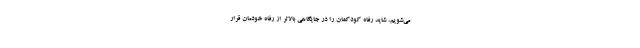
می‌شویم، شاید رفاه کودکمان را در جایگاهی بالاتر از رفاه خودمان قرار